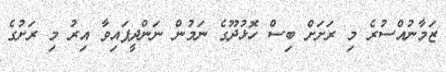
ޒަމާނުއްސުރެ މި ރަށަށް ބިސް ހޮޅުދޫގެ ނަމުން ނަންދީފައިވާ އިރު މި ރަށުގެ